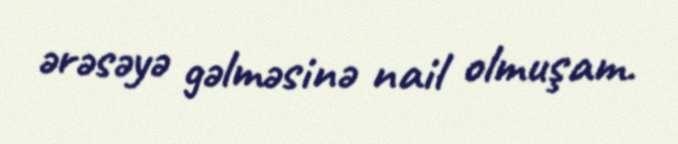
ərəsəyə gəlməsinə nail olmuşam.